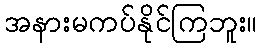
အနားမကပ်နိုင်ကြဘူး။